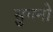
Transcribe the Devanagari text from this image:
सुगनो